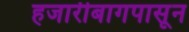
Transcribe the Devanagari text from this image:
हजारीबागपासून